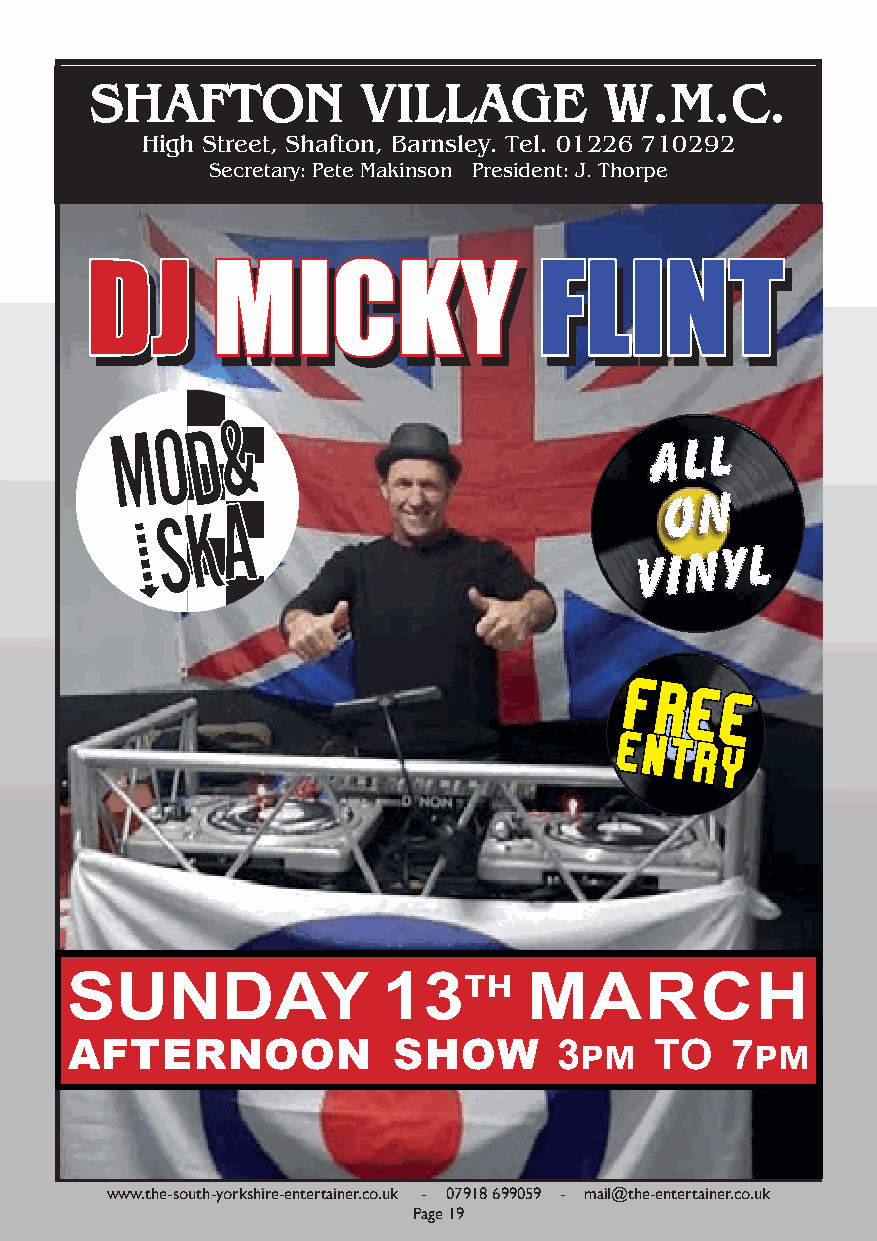
SHAFTON           VILLAGE         W.M.C.
 High Street, Shafton, Barnsley. Tel. 01226 710292
 Secretary: Pete Makinson President: J. Thorpe
 DDJJ    MMIICCKKYY            FFLLIINNTT
 DDJJ    MMIICCKKYY            FFLLIINNTT
 MM oo dd &&
 ii SS KK AA
 FFRREEEE
 EENNTTRRYY
 SUNDAY               13th      MARCH
 AFTERNOON             SHOW       3pm   TO   7pm
 www.the-south-yorkshire-entertainer.co.uk - 07918 699059 - mail@the-entertainer.co.uk
 Page 19